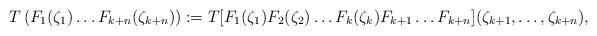
LaTeX: \begin{align*} T\left(F_1(\zeta_1)\dots F_{k+n}(\zeta_{k+n})\right):=T[F_1(\zeta_1)F_2(\zeta_2)\dots F_k(\zeta_k)F_{k+1}\dots F_{k+n}](\zeta_{k+1},\dots,\zeta_{k+n}),\end{align*}